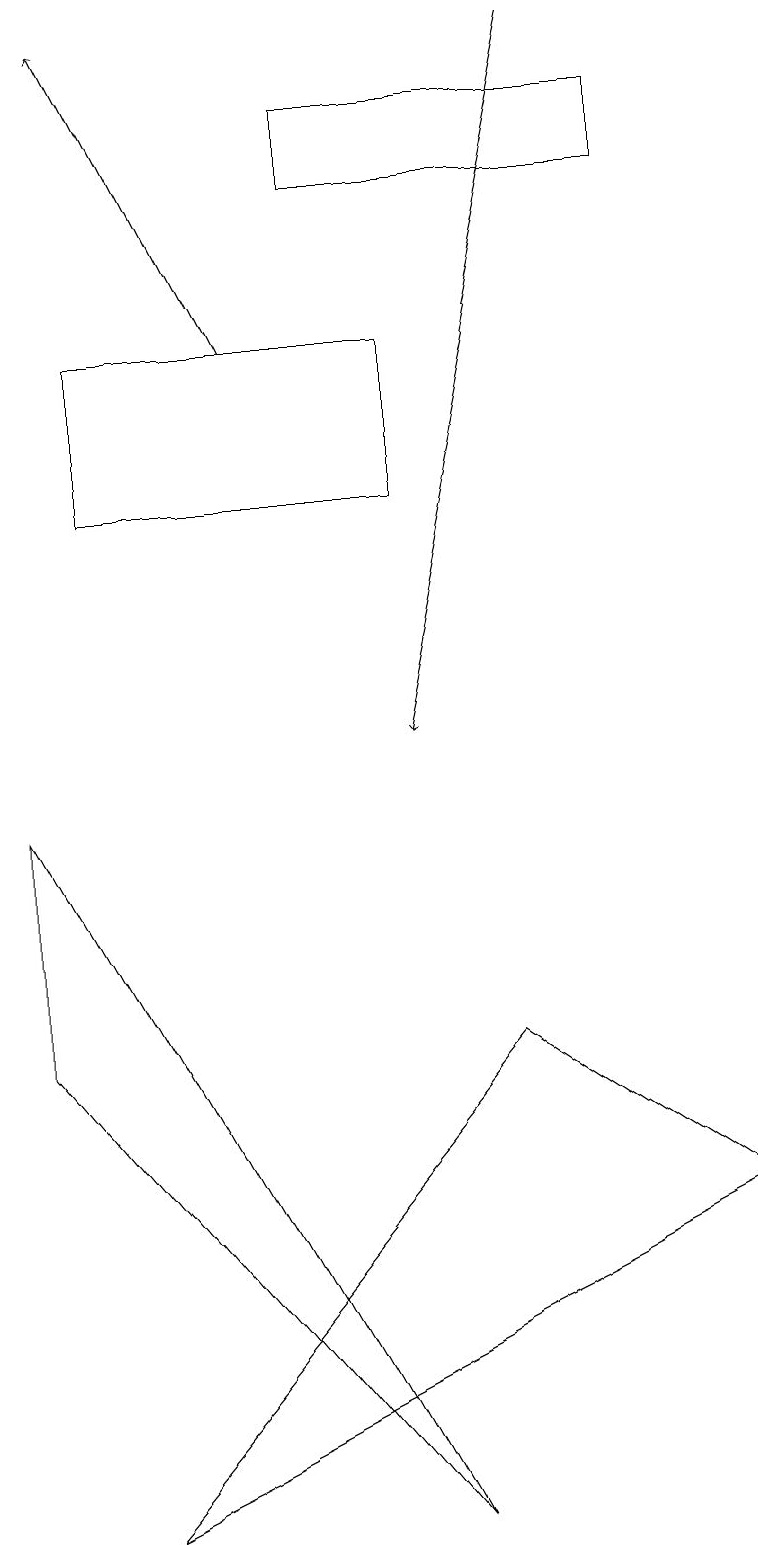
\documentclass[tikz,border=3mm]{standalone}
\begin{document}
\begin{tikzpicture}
\draw[->] (7,19) -- (5,10);
\draw (9,4) -- (1,0) -- (6,6) -- cycle;
\draw (1,15) rectangle (5,13);
\draw[->] (3,15) -- (1,19);
\draw (5,0) -- (0,9) -- (0,6) -- cycle;
\draw (8,17) rectangle (4,18);
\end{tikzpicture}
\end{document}